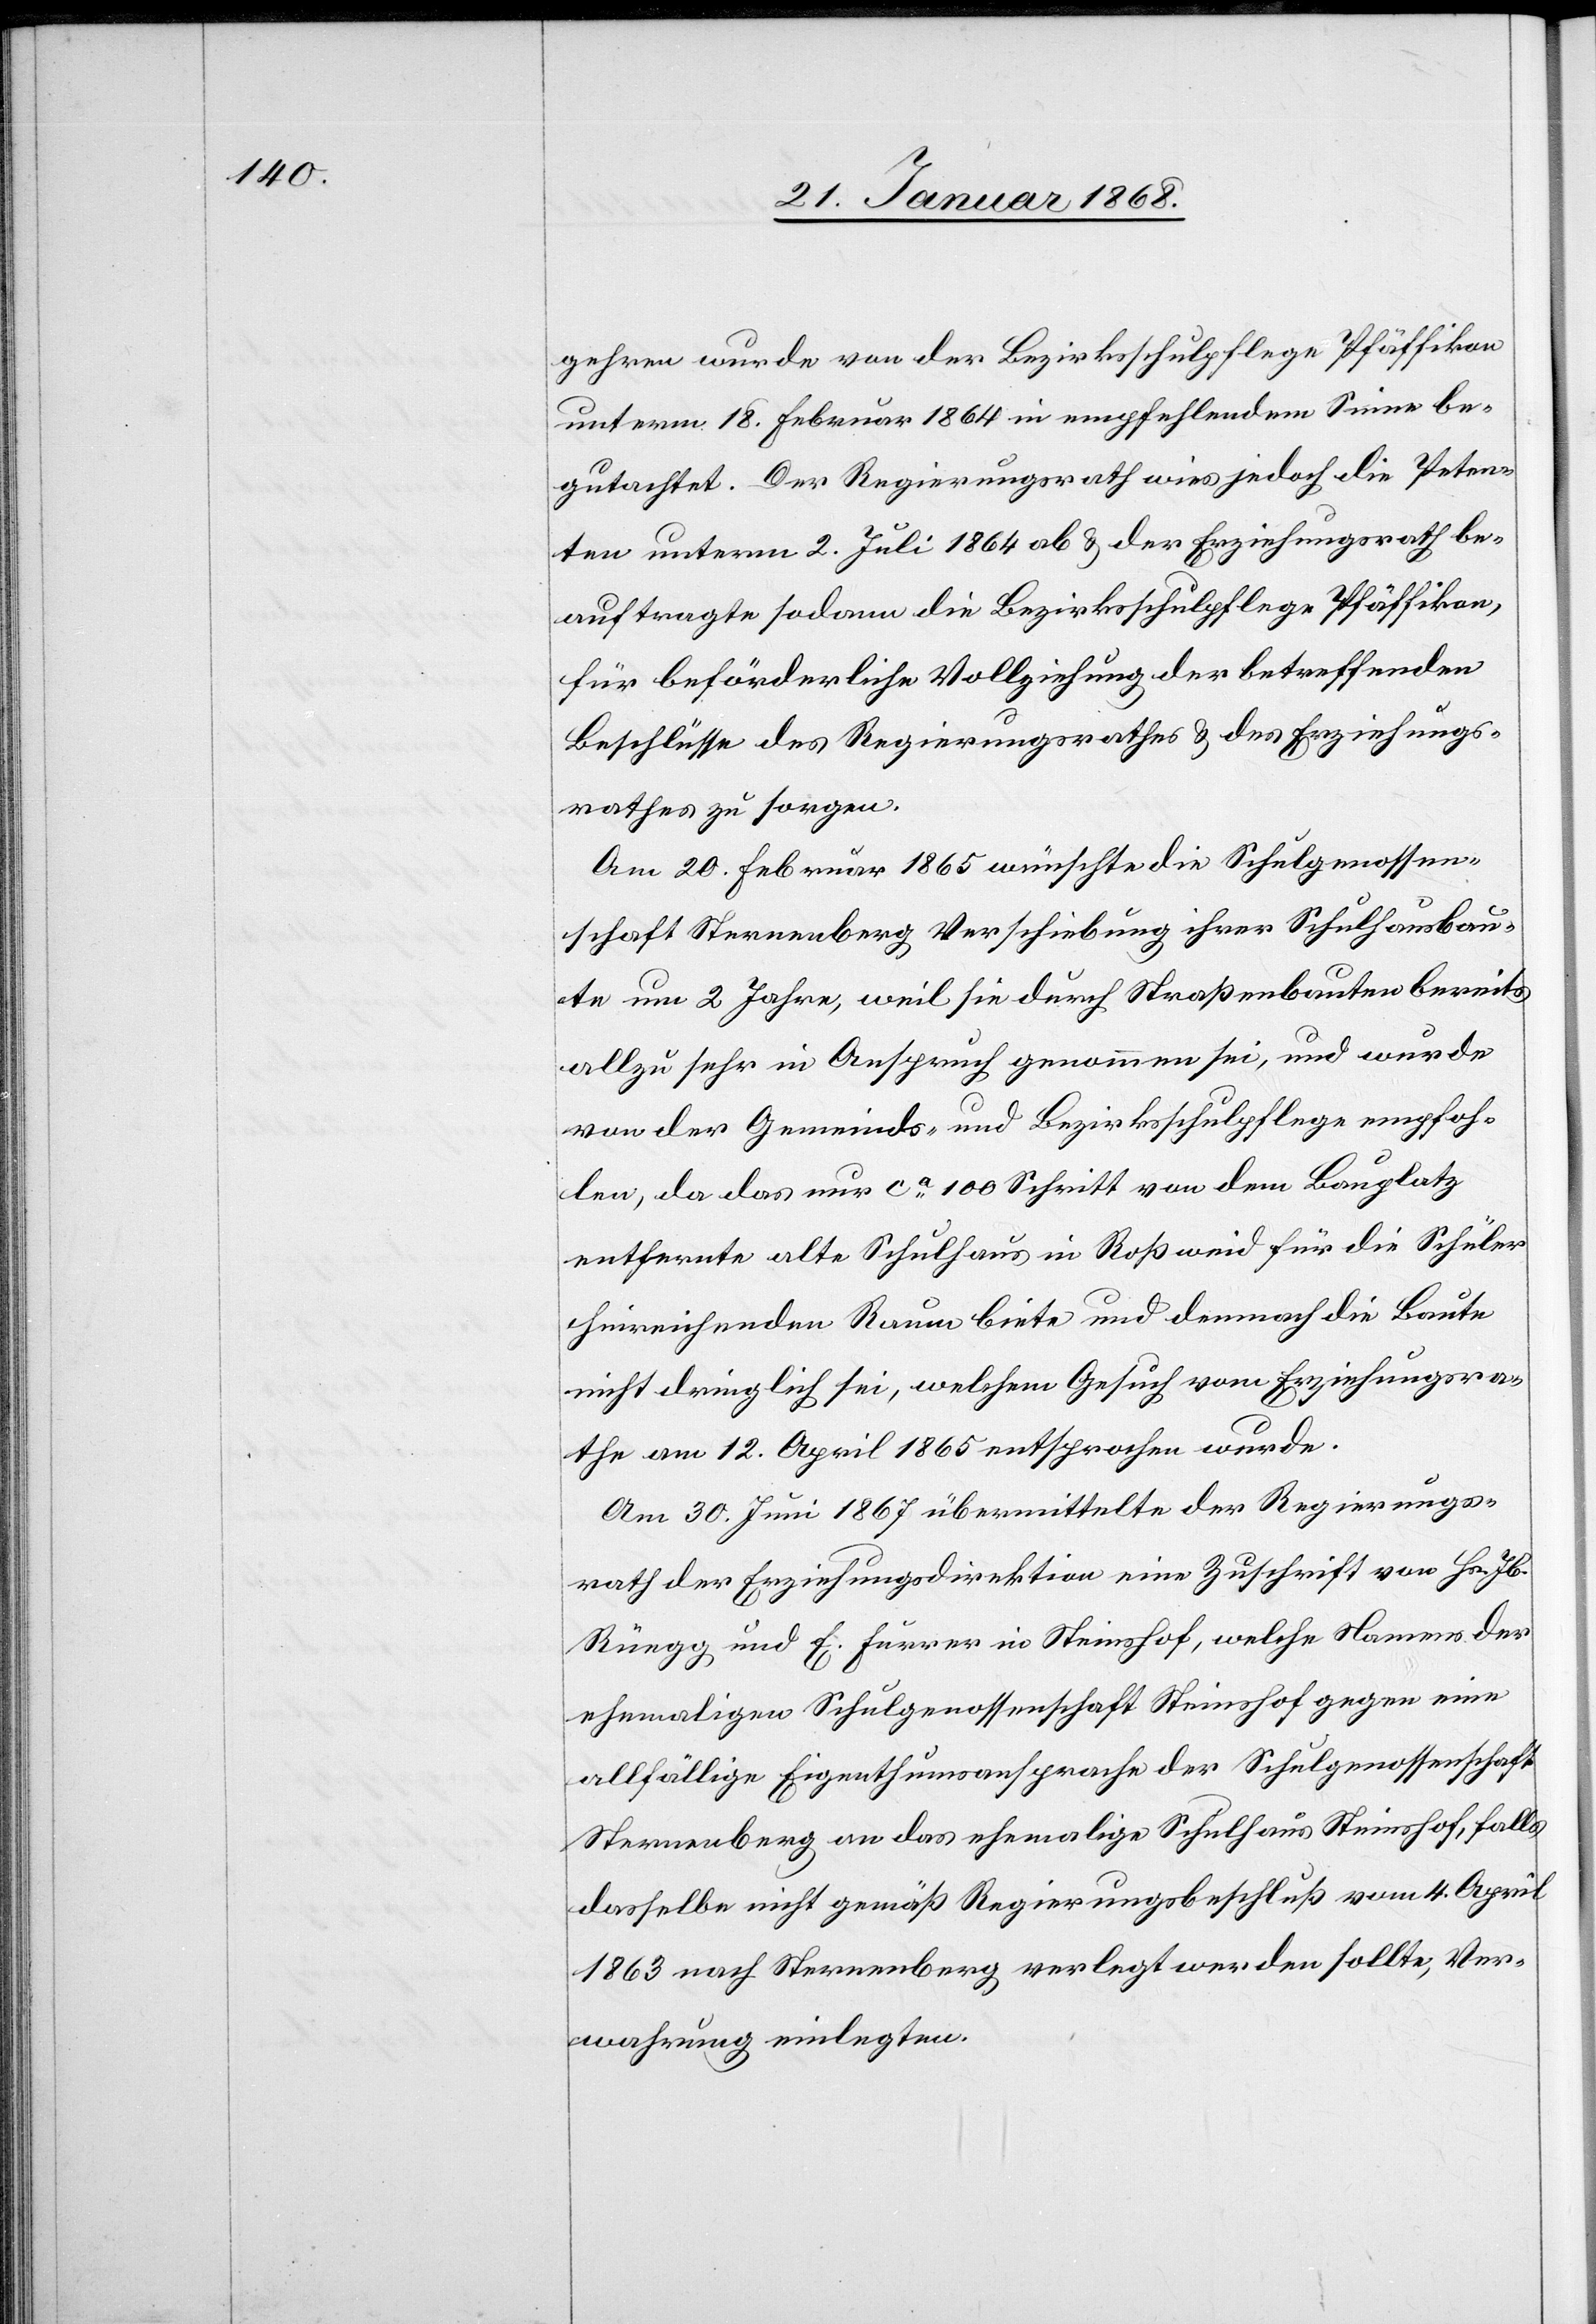
gehren wurde von der Bezirksschulpflege Pfäffikon
unterm 18. Februar 1864 in empfehlendem Sinne be¬
gutachtet. Der Regierungsrath wies jedoch die Peten¬
ten unterm 2. Juli 1864 ab & der Erziehungsrath be¬
auftragte sodann die Bezirksschulpflege Pfäffikon,
für beförderliche Vollziehung der betreffenden
Beschlüsse des Regierungsrathes & des Erziehungs¬
rathes zu sorgen.
Am 20. Februar 1865 wünschte die Schulgenossen¬
schaft Sternenberg Verschiebung ihrer Schulhausbau¬
te um 2 Jahre, weil sie durch Straßenbauten bereits
allzu sehr in Anspruch genommen sei, und wurde
von der Gemeinds- und Bezirksschulpflege empfoh¬
len, da das nur ca. 100 Schritt von dem Bauplatz
entfernte alte Schulhaus in Roßweid für die Schüler
hinreichenden Raum biete und demnach die Baute
nicht dringlich sei, welchem Gesuch vom Erziehungsra¬
the am 12. April 1865 entsprochen wurde.
Am 30. Juni 1867 übermittelte der Regierungs¬
rath der Erziehungsdirektion eine Zuschrift von Hs. Jb.
Rüegg und E. Furrer in Steinshof, welche Namens der
ehemaligen Schulgenossenschaft Steinshof gegen eine
allfällige Eigenthumsansprache der Schulgenossenschaft
Sternenberg an das ehemalige Schulhaus Steinshof, falls
dasselbe nicht gemäß Regierungsbeschluß vom 4. April
1863 nach Sternenberg verlegt werden sollte, Ver¬
wahrung einlegten.